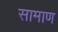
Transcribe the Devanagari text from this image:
सामाण